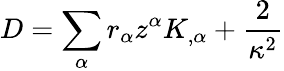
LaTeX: D=\sum_{\alpha}r_{\alpha}z^{\alpha}K_{,\alpha}+\frac{2}{\kappa^{2}}